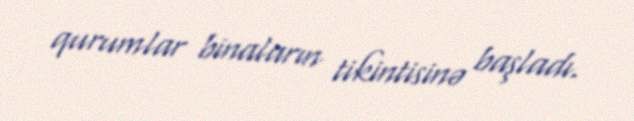
qurumlar binaların tikintisinə başladı.